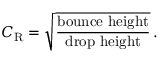
C _ { \mathrm { R } } = { \sqrt { \frac { \mathrm { b o u n c e ~ h e i g h t } } { \mathrm { d r o p ~ h e i g h t } } } } \, .